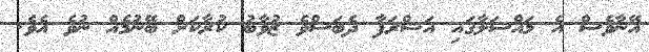
އޭނާވެސް އެ މައްސަލާގައި އަޝްރަފާ ދެބަސްވެ ޒުވާބު ކުރާކަށް ބޭނުމެއް ނުވެ އެވެ.